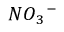
N O { _ 3 } ^ { - }